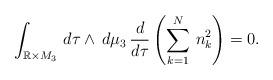
LaTeX: \begin{align*}\int_{\mathbb{R}\times M_3}\,{d\tau}\wedge \,d\mu_3\,\frac{d}{d\tau}\left(\sum^N_{k=1}\,n^2_k\right)=0.\end{align*}